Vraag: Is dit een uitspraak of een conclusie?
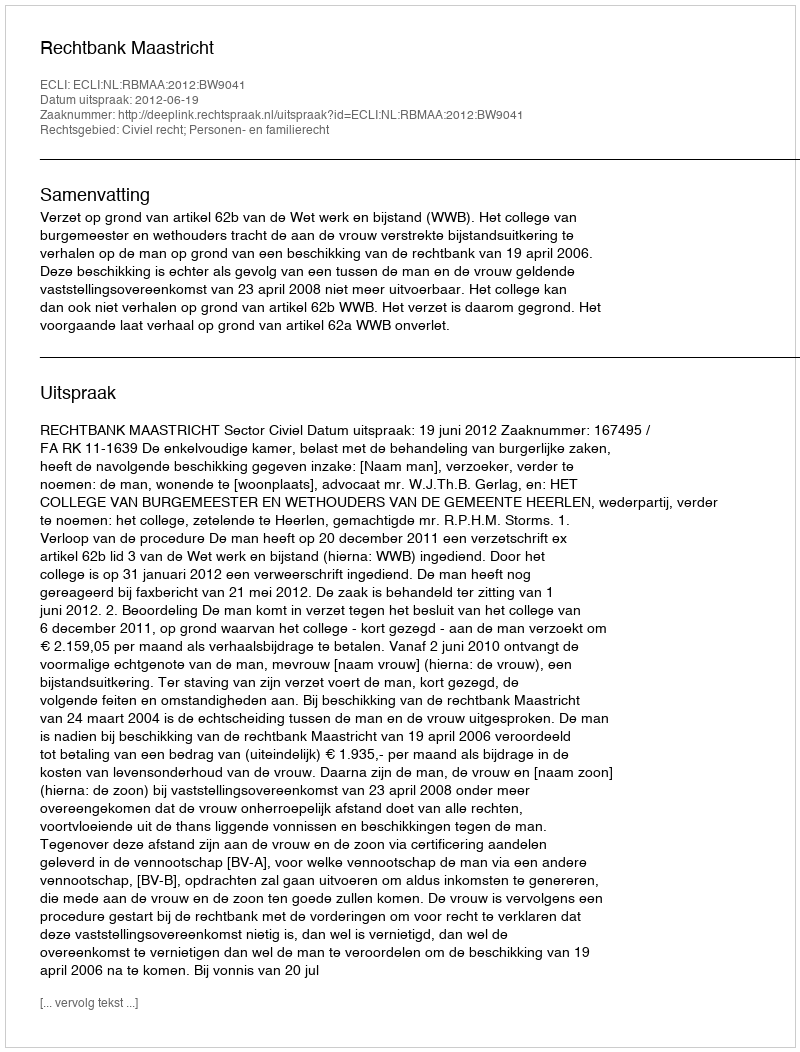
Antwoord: Uitspraak